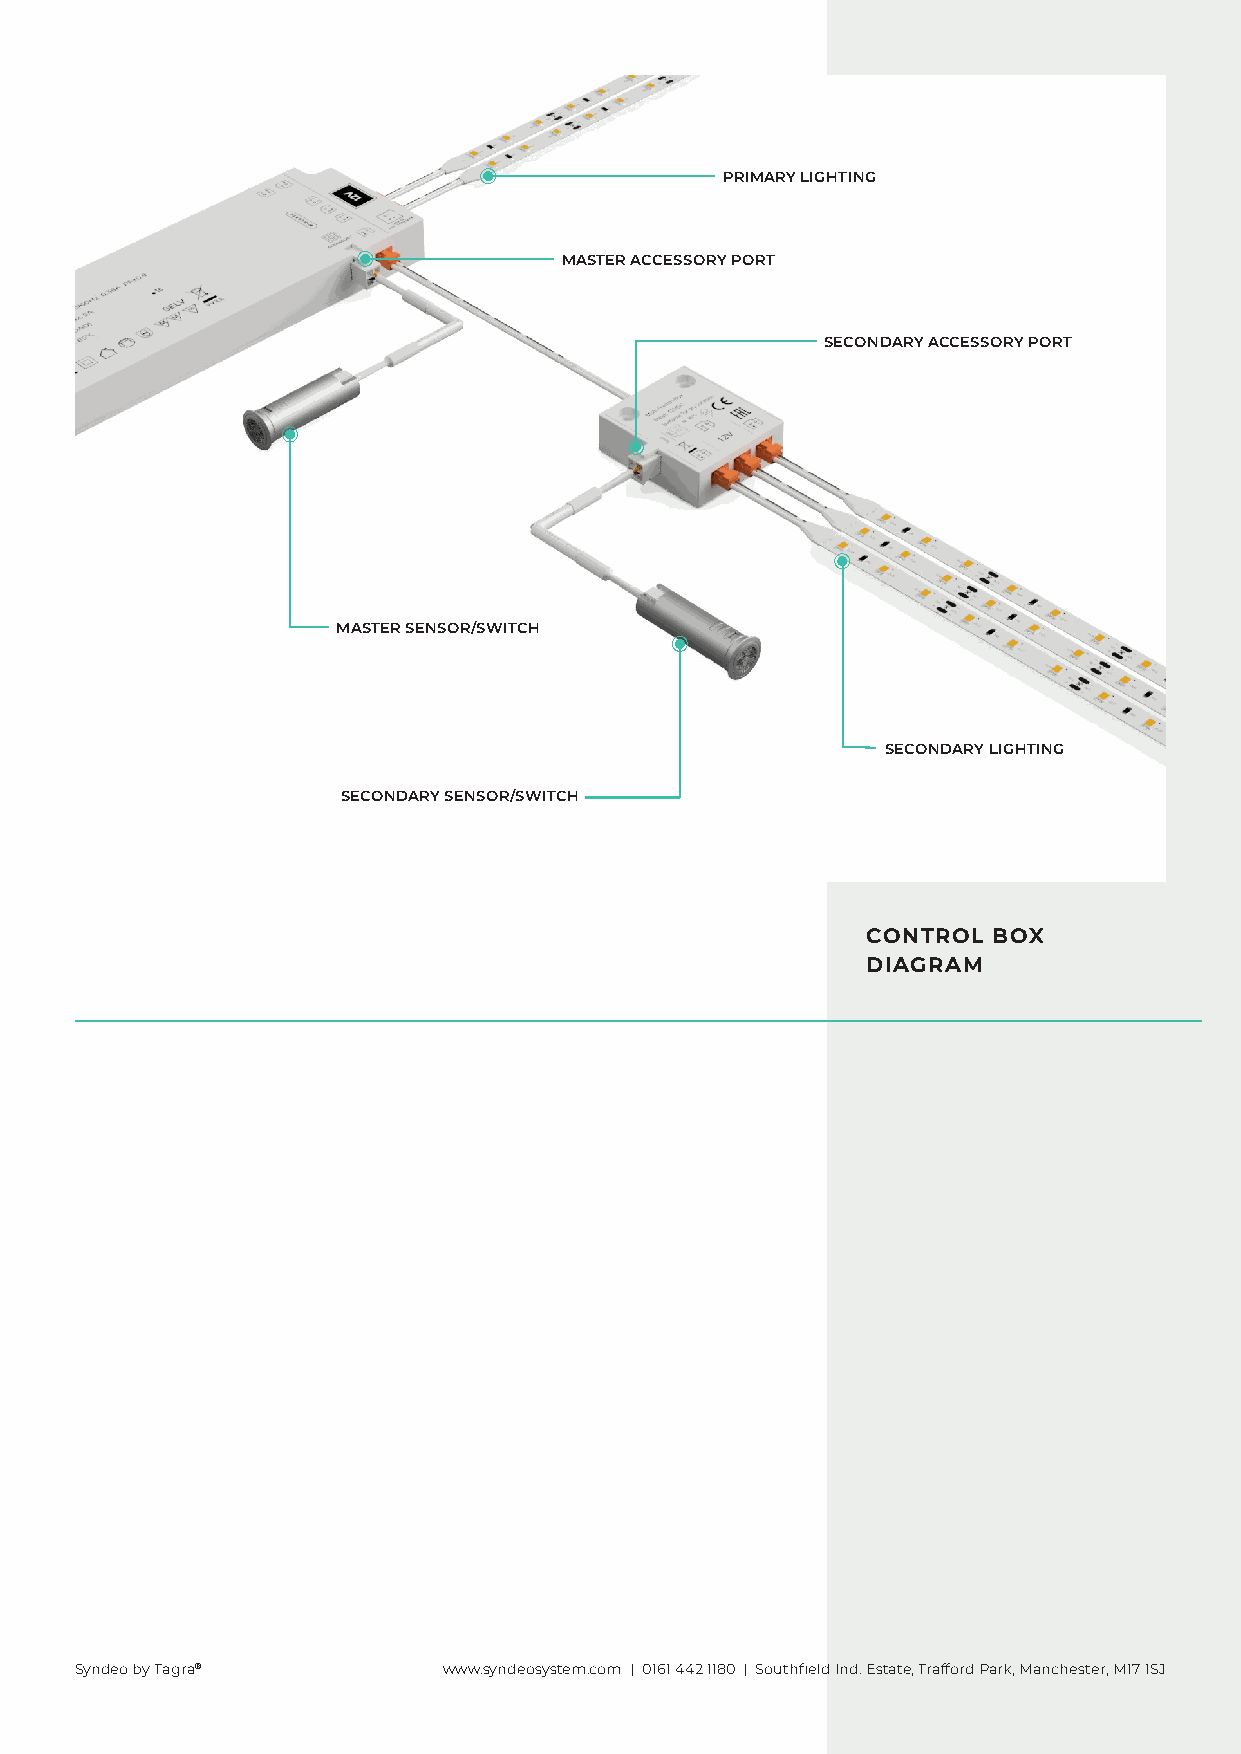
PRIMARY LIGHTING
 MASTER ACCESSORY PORT
 SECONDARY ACCESSORY PORT
 MASTER SENSOR/SWITCH
 SECONDARY LIGHTING
 SECONDARY SENSOR/SWITCH
 CONTROL  BOX
 DIAGRAM
 Syndeo by Tagra®        www.syndeosystem.com | 0161 442 1180 | Southfield Ind. Estate, Trafford Park, Manchester, M17 1SJ